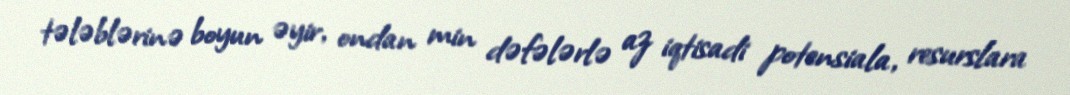
tələblərinə boyun əyir, ondan min dəfələrlə az iqtisadi potensiala, resurslara